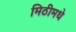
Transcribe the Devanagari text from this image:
मिठीमधे